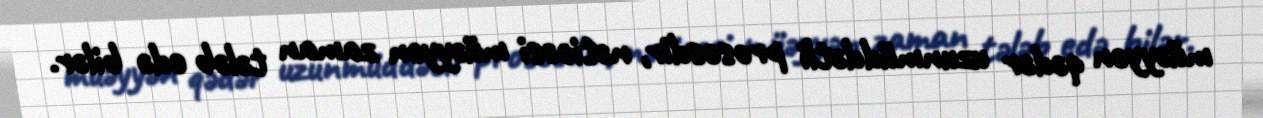
müəyyən qədər uzunmüddətli prosesdir, nəticəsi müəyyən zaman tələb edə bilər.